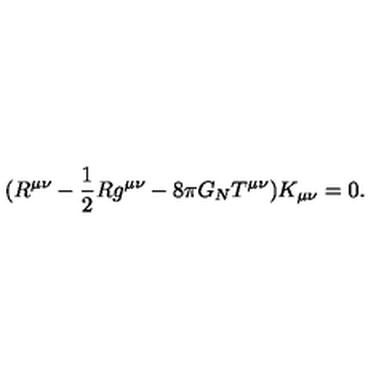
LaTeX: ( R ^ { \mu \nu } - \frac { 1 } { 2 } R g ^ { \mu \nu } - 8 \pi G _ { N } T ^ { \mu \nu } ) K _ { \mu \nu } = 0 .